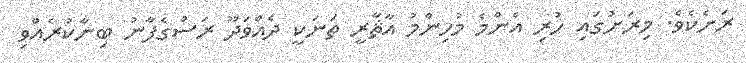
ރަށެކެވެ. މިރަށުގައި ހުރި އެންމެ މުހިންމު އާޘާރީ ތަނަކީ ދެއްވަދޫ ރަސްގެފާނު ބިނާކުރެއްވި